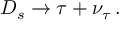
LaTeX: D _ { s } \to \tau + \nu _ { \tau } \, .